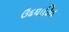
ઉદઘાટિત